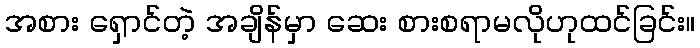
အစား ရှောင်တဲ့ အချိန်မှာ ဆေး စားစရာမလိုဟုထင်ခြင်း။